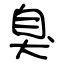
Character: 臭